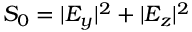
S _ { 0 } = | E _ { y } | ^ { 2 } + | E _ { z } | ^ { 2 }